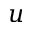
\boldsymbol { u }